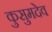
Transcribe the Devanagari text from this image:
कुसुमदेव